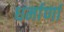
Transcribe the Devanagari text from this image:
धर्माणां